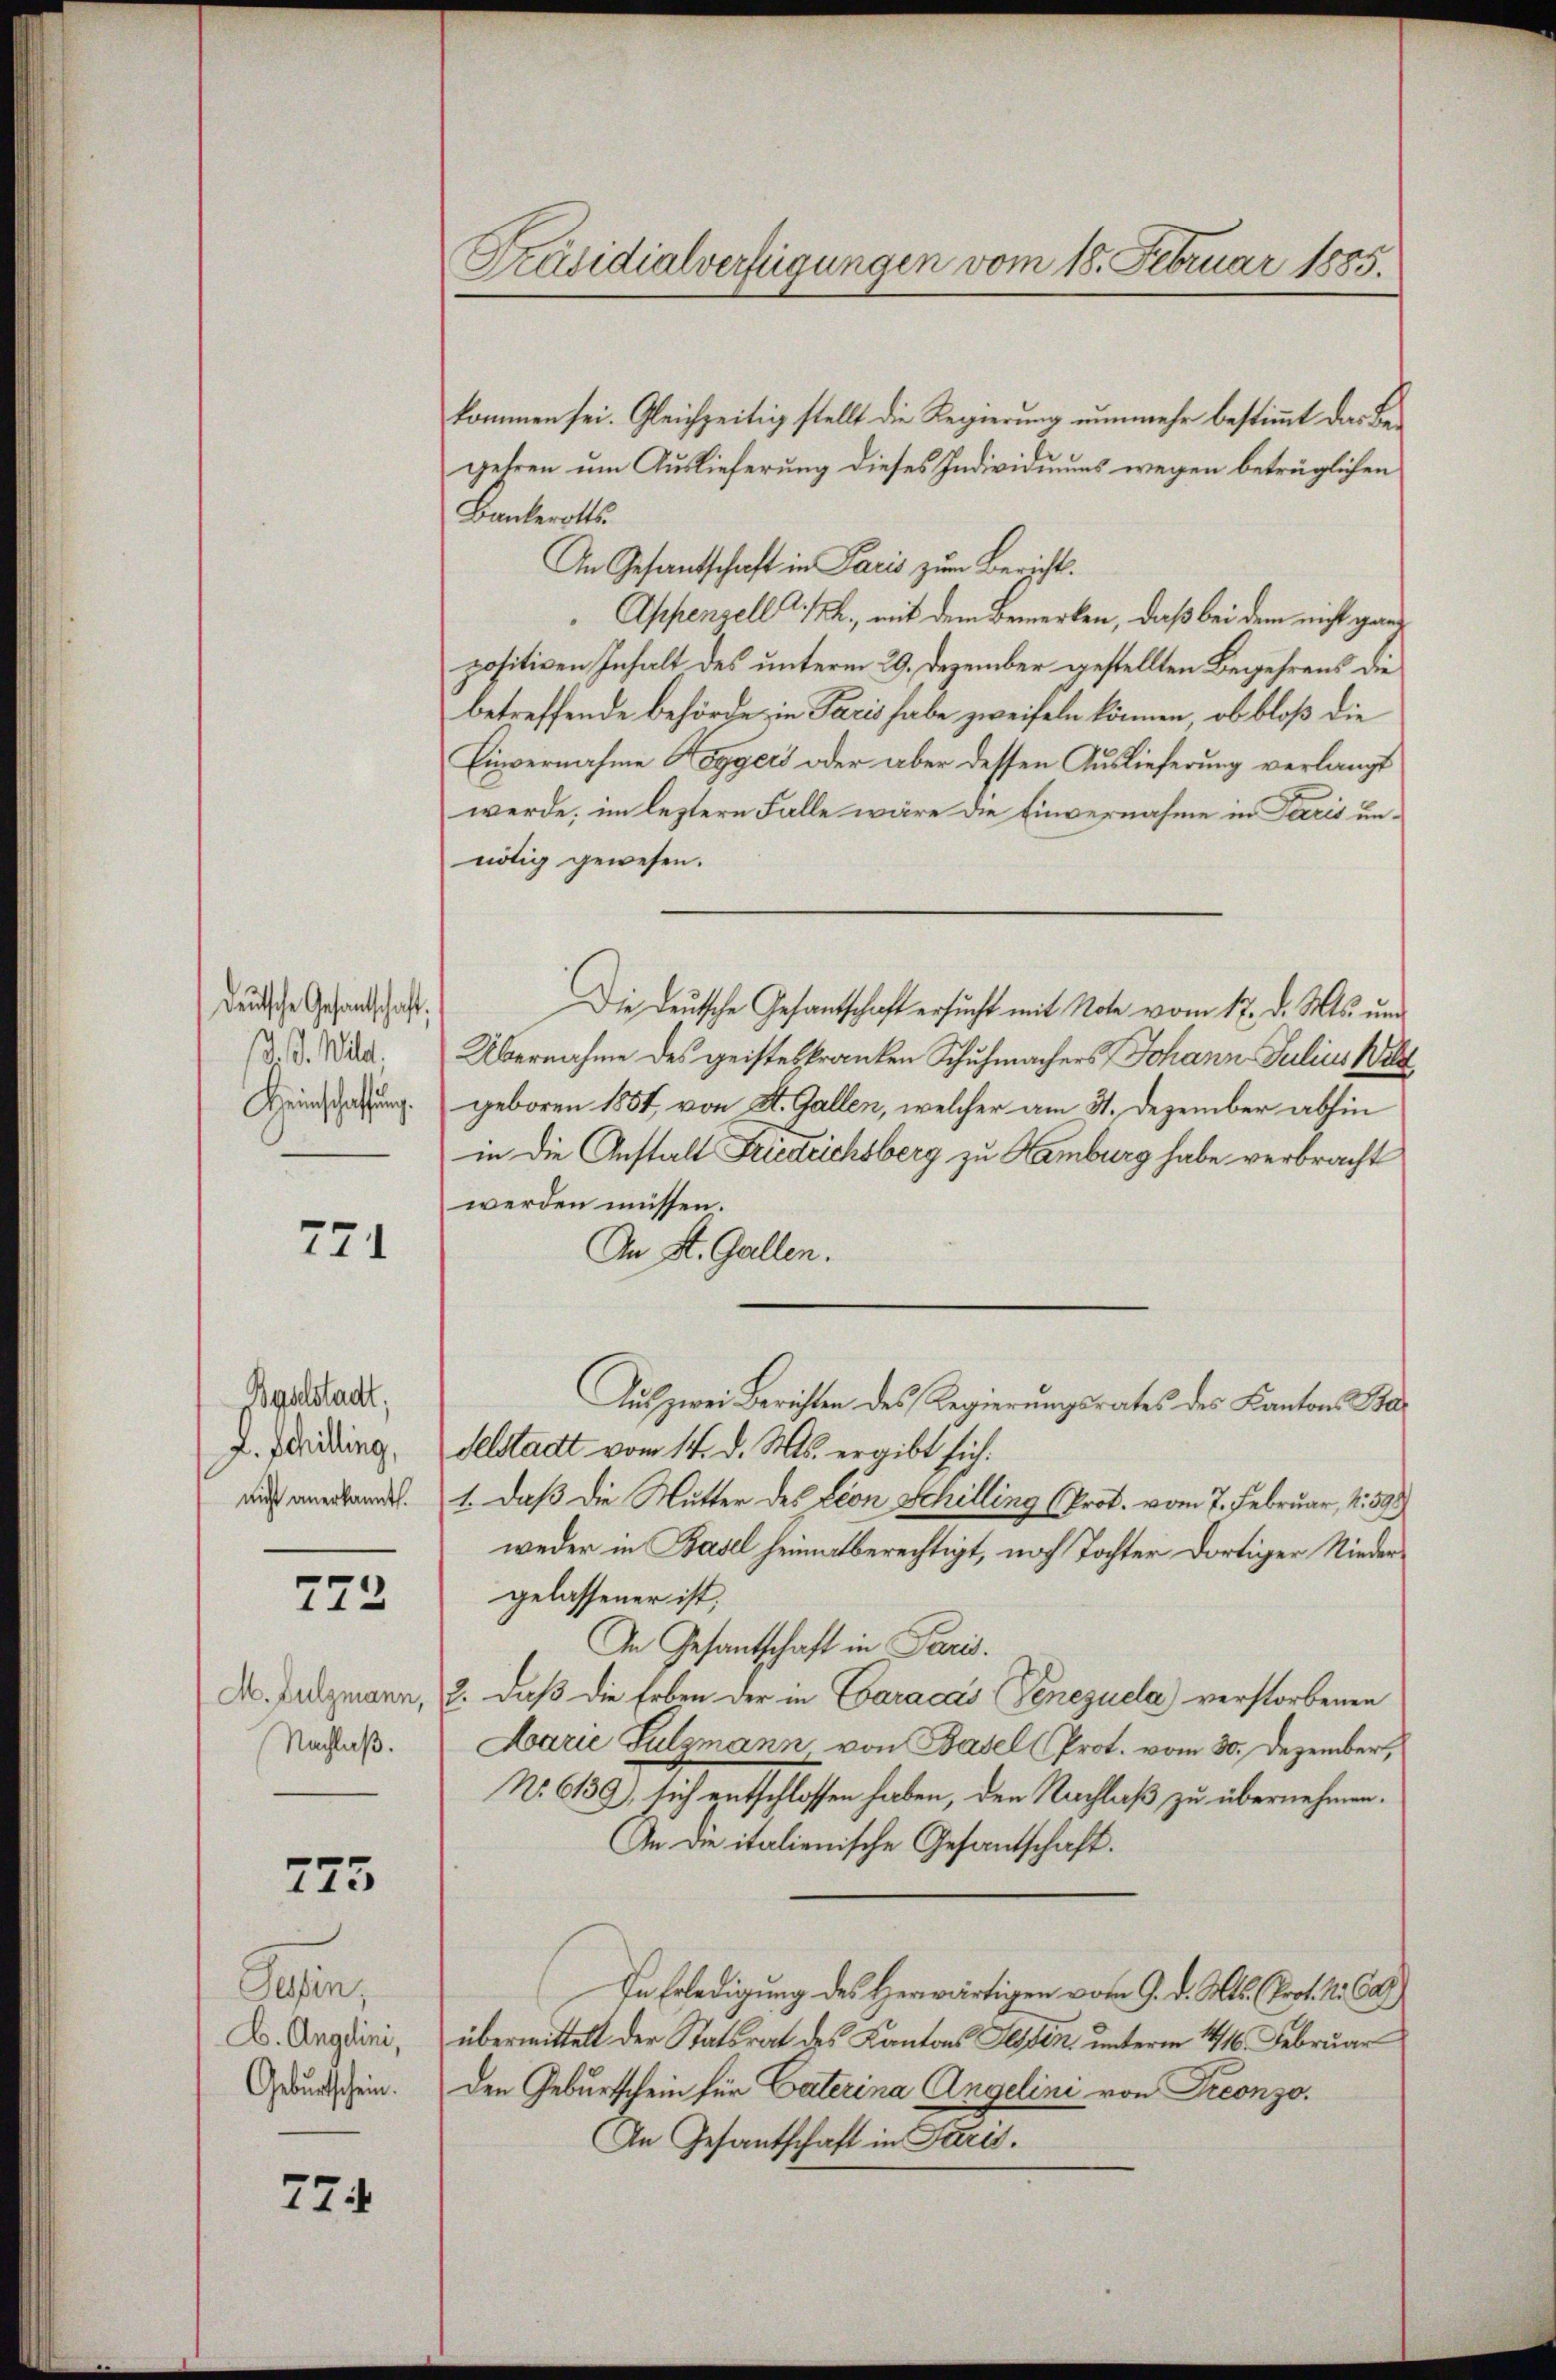
Deutsche Gesandtschaft,
/d. J. Welt.
Keinschaffung.

771

Baselstadt,
z. Schilling,
nicht anerkannt.

772

M. Sulzmann,
Nachlaß.

775

Tessin,
E. Anglini,
Geburtschein.

774

Präsidialverfügungen vom 18. Februar 1885.

kommen sei. Gleichzeitig stellt die Regierung nunmehr bestimmt das Begehren um Auslieferung dieses Individuums wegen betrüglichen
Bankerotts
An Gesantschaft in Paris zum Bericht¬
Appenzell A. h., mit dem Bemerken, daß bei dem nicht ganpositiven Inhalt des unterm 29. Dezember gestellten Begehrens die
betreffende behörde, in Paris habe zweifeln können, ob bloß die
Einvernahme Hoggers oder aber dessen Auslieferung verlangt
werde; im leztern Falle wäre die Einvernahme in Paris unnötig gewesen.
Die Deutsche Gesantschaft ersucht mit Note vom 17. d. Mts. und
Übernahme des geisteskranken Schuhmachers Johann Julius Wil
geboren 1851, von St. Gallen, welcher am 31. Dezember abhin
in die Anstalt Frieduchsberg zu Hamburg habe verbracht
werden müssen.
An St. Gallen.
Aus zwei Berichten des Regierungsrates des Kantons Badelstadt vom 14. d. Mts. ergibt sich.
1. Daß die Mutter des Leon Schilling (Prot. vom 7. Februar, 4. 39.
weder in Basel heimatberechtigt, noch Tochter dortiger Niedergelassener ist,
In Gesantschaft in Paris.
2. Daß die Erben der in Caracas Venezuela) verstorbenen
Larie Sulsmann von Basel (Prot. vom 30. Dezember,
No. 6139), sich entschlossen haben, den Nachlaß zu übernehmen.
An die italienische Gesantschaft.
In Erledigung des Herwärtigen vom 9. d. Mts. (Prot. N. Ca
übermittelt der Statsrat des Kantons Tessin, unterm 1416. Februar
den Geburtschein für Caterina Angelini von Preonzo¬
An Gesantschaft in Paris.